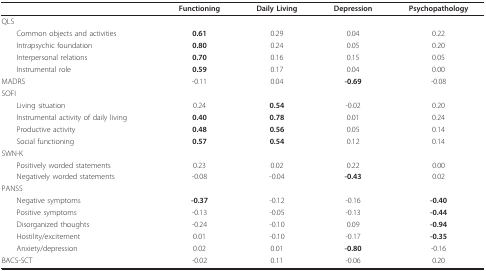
|  | Functioning | Daily Living | Depression | Psychopathology |
 | --- | --- | --- | --- | --- |
 | QLS |  |  |  |  |
 | Common objects and activities | 0.61 | 0.29 | 0.04 | 0.22 |
 | Intrapsychic foundation | 0.80 | 0.24 | 0.05 | 0.20 |
 | Interpersonal relations | 0.70 | 0.16 | 0.15 | 0.05 |
 | Instrumental role | 0.59 | 0.17 | 0.04 | 0.00 |
 | MADRS | -0.11 | 0.04 | -0.69 | -0.08 |
 | SOFI |  |  |  |  |
 | Living situation | 0.24 | 0.54 | -0.02 | 0.20 |
 | Instrumental activity of daily living | 0.40 | 0.78 | 0.01 | 0.24 |
 | Productive activity | 0.48 | 0.56 | 0.05 | 0.14 |
 | Social functioning | 0.57 | 0.54 | 0.12 | 0.14 |
 | SWN-K |  |  |  |  |
 | Positively worded statements | 0.23 | 0.02 | 0.22 | 0.00 |
 | Negatively worded statements | -0.08 | -0.04 | -0.43 | 0.02 |
 | PANSS |  |  |  |  |
 | Negative symptoms | -0.37 | -0.12 | -0.16 | -0.40 |
 | Positive symptoms | -0.13 | -0.05 | -0.13 | -0.44 |
 | Disorganized thoughts | -0.24 | -0.10 | 0.09 | -0.94 |
 | Hostility/excitement | 0.01 | -0.10 | -0.17 | -0.35 |
 | Anxiety/depression | 0.02 | 0.01 | -0.80 | -0.16 |
 | BACS-SCT | -0.02 | 0.11 | -0.06 | 0.20 |